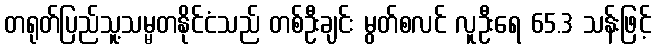
တရုတ်ပြည်သူ့သမ္မတနိုင်ငံသည် တစ်ဦးချင်း မွတ်စလင် လူဦးရေ 65.3 သန်းဖြင့်